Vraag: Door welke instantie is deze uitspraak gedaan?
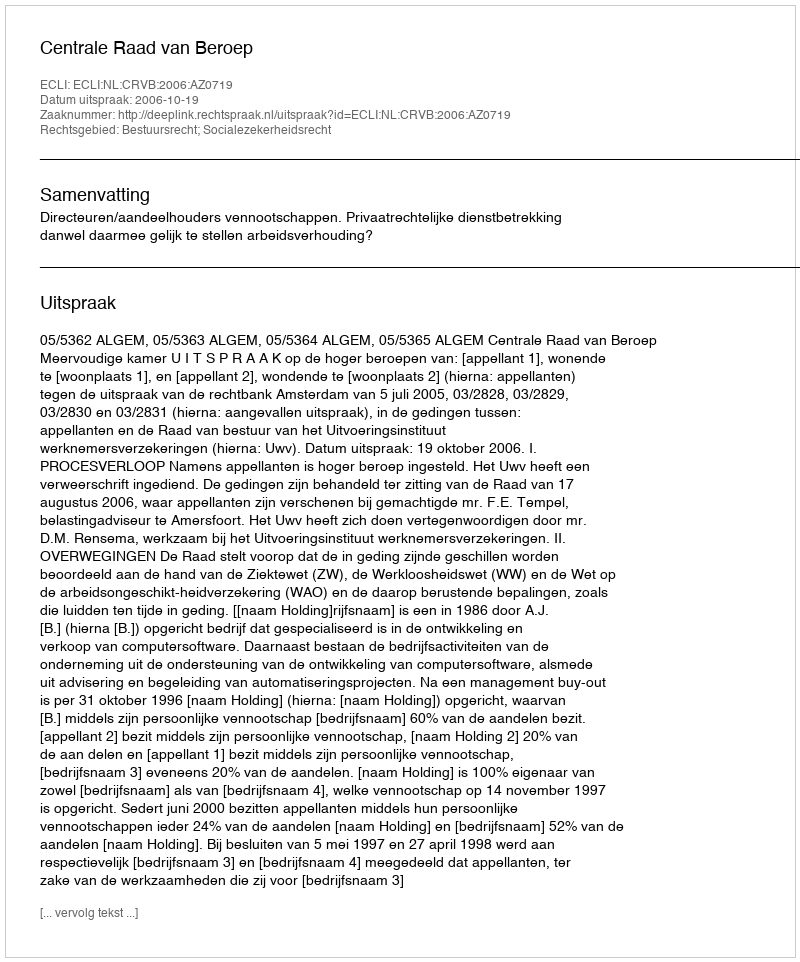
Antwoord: Centrale Raad van Beroep